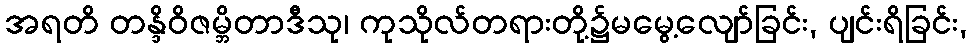
အရတိ တန္ဒိဝိဇမ္ဘိတာဒီသု၊ ကုသိုလ်တရားတို့၌မမွေ့လျော်ခြင်း, ပျင်းရိခြင်း,